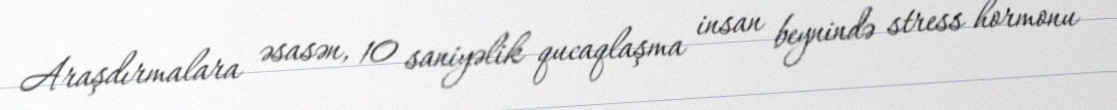
Araşdırmalara əsasən, 10 saniyəlik qucaqlaşma insan beynində stress hormonu